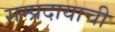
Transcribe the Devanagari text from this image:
सम्प्रदायाची